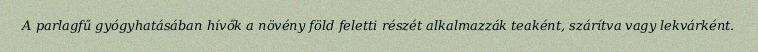
A parlagfű gyógyhatásában hívők a növény föld feletti részét alkalmazzák teaként, szárítva vagy lekvárként.